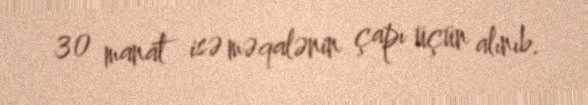
30 manat isə məqalənin çapı üçün alınıb.